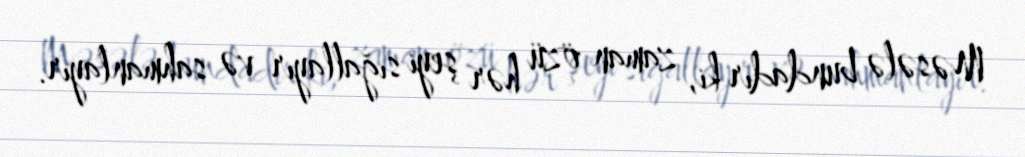
Məsələ bundadır ki, zaman özü hər şeyi sığallayır və sahmanlayır.